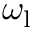
\omega _ { \mathrm { l } }